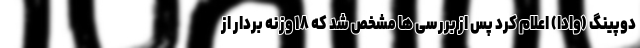
دوپینگ (وادا) اعلام کرد پس از بررسی ها مشخص شد که ۱۸ وزنه بردار از